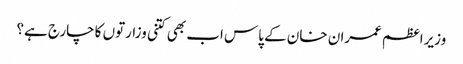
وزیراعظم عمران خان کے پاس اب بھی کتنی وزارتوں کا چارج ہے؟